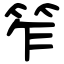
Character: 笮